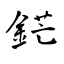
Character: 鋩